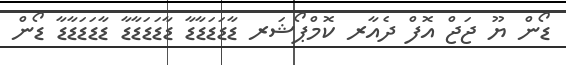
ޑޯން ޔޫ ޖަޖް އޮފް ދެއާރ ކޮމްޕޯޝަރ ޑާޑަޑަޑާޑާ ޑާޑަޑަޑާޑާ ޑާޑަޑަޑާޑާ ޑޯން